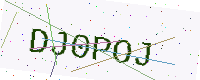
Text: DJ0POJ